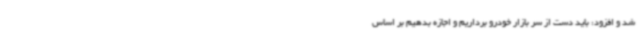
شد و افزود: باید دست از سر بازار خودرو برداریم و اجازه بدهیم بر اساس